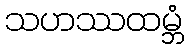
သဟဿထမ္ဘံ